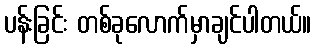
ပန်းခြင်း တစ်ခုလောက်မှာချင်ပါတယ်။